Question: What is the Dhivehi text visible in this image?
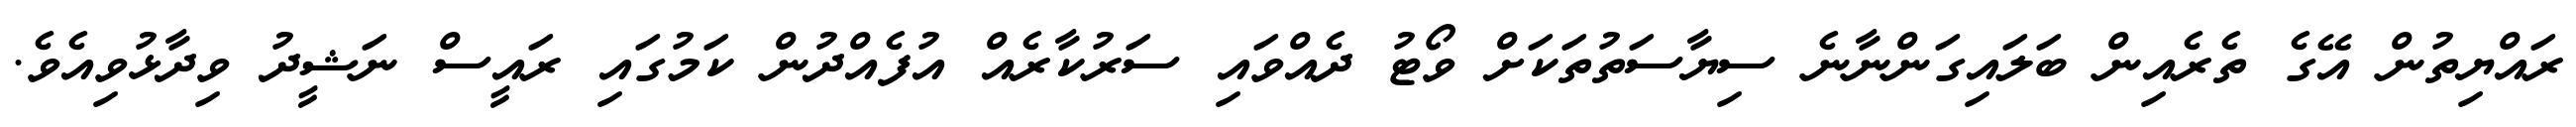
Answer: ރައްޔިތުން އޭގެ ތެރެއިން ބަލައިގަންނާނެ ސިޔާސަތުތަކަށް ވޯޓު ދެއްވައި ސަރުކާރެއް އުފެއްދުން ކަމުގައި ރައީސް ނަޝީދު ވިދާޅުވިއެވެ.